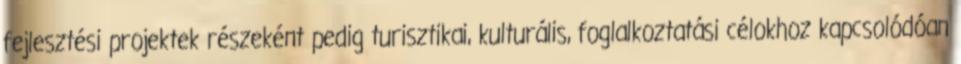
fejlesztési projektek részeként pedig turisztikai, kulturális, foglalkoztatási célokhoz kapcsolódóan